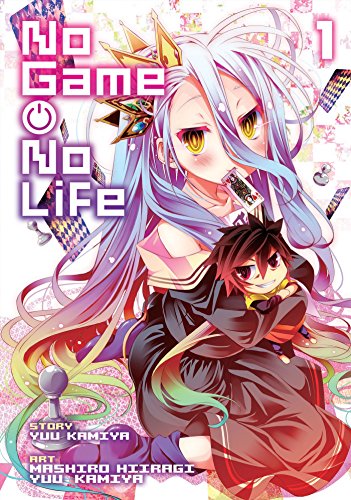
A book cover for No Game, No Life, Vol. 1; Yuu Kamiya; Science Fiction & Fantasy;